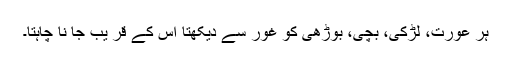
ہر عورت، لڑکی، بچی، بوڑھی کو غور سے دیکھتا اس کے قر یب جا نا چاہتا۔